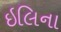
ઇલિના